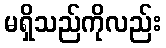
မရှိသည်ကိုလည်း